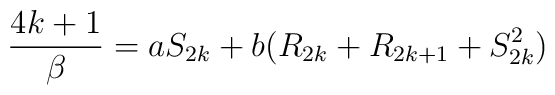
{4 k+1 \over \beta} = a S_{2k} + b (R_{2k} + R_{2k+1} + S_{2k}^{2})